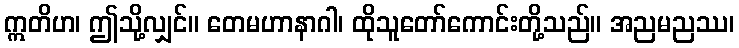
ဣတိဟ၊ ဤသို့လျှင်။ တေမဟာနာဂါ၊ ထိုသူတော်ကောင်းတို့သည်။ အညမညဿ၊